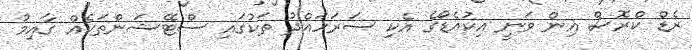
ރެޑް ކްރޮސް އިން ވަނީ އިކުއެޑޯގެ އެކި ސަރަހައްދު ތަކުގައި ސްޓޭޝަންތަކެއް ގާއިމު